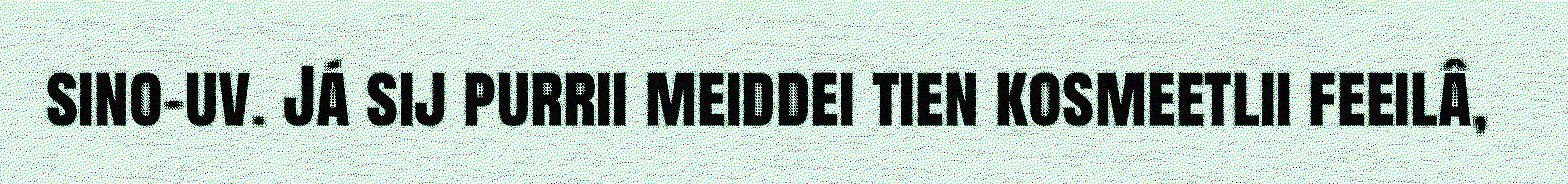
sino-uv. Já sij purrii meiddei tien kosmeetlii feeilâ,